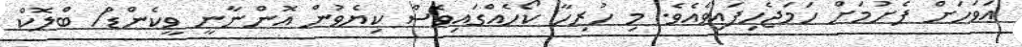
އަވަހަށް ފެށުމަށް ހަމަޖެހިފައިވެއެވެ. މި ހުރިހާ ކޯހެއްގައިވެސް ކިޔެވުން އޮންނާނީ ވީކެންޑް/ ބްލޮކް